Annual administration and progress report of the Indian Medical Department, Bombay
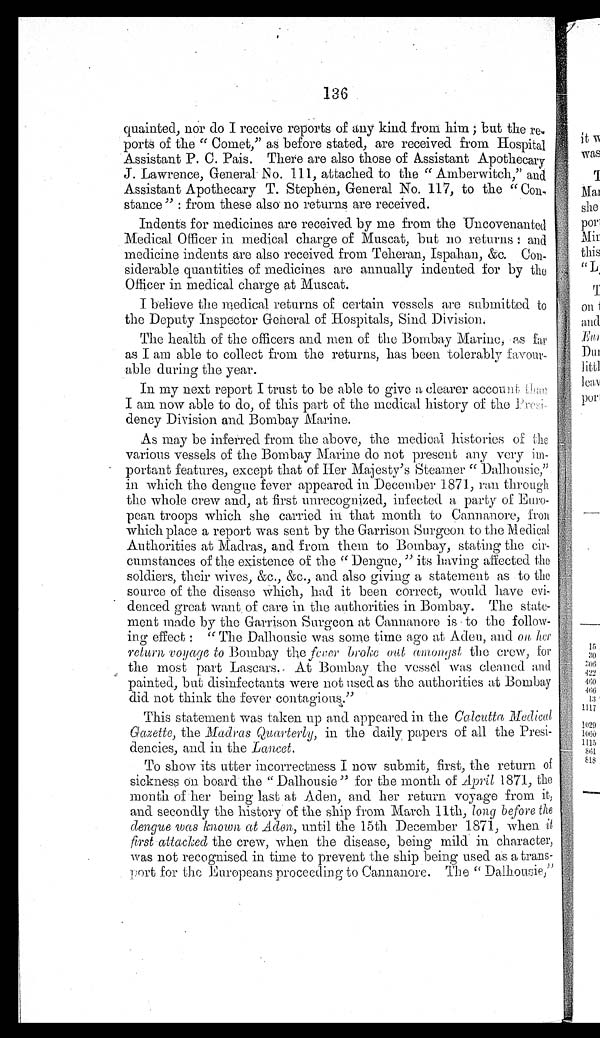
136
quainted, nor do I receive reports of any kind from him ; but the re-
ports of the "Comet," as before stated, are received from Hospital
Assistant P. C. Pais. There are also those of Assistant Apothecar y
J. Lawrence, General - No. 111, attached to the "Amberwitch," and
Assistant Apothecary T. Stephen, General No. 117, to the "Con-
stance" : from these also no returns are received.
Indents for medicines are received by me from the Uncovenanted
Medical. Officer in medical charge of Muscat, but no returns : and
medicine indents are also received from Teheran, Ispahan, &c. Con-
siderable quantities of medicines are annually indented for by the
Officer in medical charge at Muscat.
I believe the medical returns of certain vessels are submitted to
the Deputy Inspector General of Hospitals, Sind Division.
The health of the officers and men of the Bombay Marine, a
s far as I am able to collect from the returns, has been. tolerably favour
able during the year.
In my next report I trust to be able to give a clearer account than
I am now able to do, of this part of the medical history of the Presi-
dency Division and Bombay Marine.
As may be inferred from the above, the medical. histories of the
various vessels of the Bombay Marine do not present any very im-
portant features, except that of Her Majesty's Steamer "Dalhousie,"
in which the dengue fever appeared in December 1871, ran through
the whole crew and, at first unrecognized, infected a party of Euro-
pean troops which she carried in that month to Cannanore, Iron
which place a report was sent by the Garrison. surgeon. to the Medical
Authorities at Madras, and from them to Bombay, stating the cir-
cumstances of the existence of the "Dengue," its lowing affected the
soldiers, their wives, &c., &c., and also giving a statement as to the
source of the disease which, had it been correct, would have evi-
denced great want of care in the authorities in Bombay. The state-
ment made by the Garrison Surgeon at Cannanore is to the follow-
ing effect : " The Dalhousie was some time ago at Aden, and on her
return, voyage to Bombay the fever broke out amongst the crew, for
the most part Lascars. At Bombay the vessel was cleaned and
painted, but disinfectants were not used as the authorities at Bombay
did not think the fever contagious."
This statement was taken up and appeared in the Calcutta Medical
Gazette, the Madras Quarterly, in the daily papers of all the Presi-
dencies, and in the Lancet.
To show its utter incorrectness I now submit, first, the return of
sickness on board the "Dalhousie" for the month of April 1871, the
month of her being last at Aden, and her return voyage from it,
and secondly the history of the ship from March 11th, long before the
dengue was known at Aden, until the 15th December 1871, when it
first attacked the crew, when the disease, being mild in character,
was not recognised in time to prevent the ship being used as a trans-
port for the Europeans proceeding to Cannanore. The "Dalhousie,"